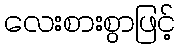
လေးစားစွာဖြင့်